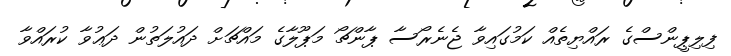
ފިލިޕީންސްގެ ރައްޔިތެއް ކަމުގައިވާ ޖެނެރޯސާ ޕާންޗޯ މަޕޫލާގެ މައްޗަށް ދައުލަތުން ދަޢުވާ ކުރައްވާ